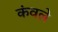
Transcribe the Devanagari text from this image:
कंवले